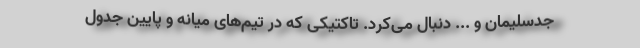
جدسلیمان و ... دنبال می‌کرد. تاکتیکی که در تیم‌های میانه و پایین جدول